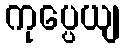
ကုပ္ပေယျ